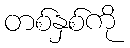
တစ်နှစ်ကို